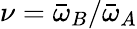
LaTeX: \nu=\bar{\omega}_{B}/\bar{\omega}_{A}